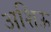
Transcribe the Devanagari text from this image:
अशिऊ